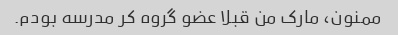
ممنون، مارک من قبلا عضو گروه کر مدرسه بودم.